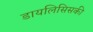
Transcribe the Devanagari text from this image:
डायलिसिसकी